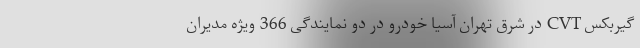
گیربکس CVT در شرق تهران آسیا خودرو در دو نمایندگی 366 ویژه مدیران